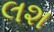
લશ